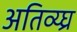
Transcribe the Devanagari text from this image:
अतिव्य्घ्र